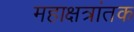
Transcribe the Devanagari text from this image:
महाक्षत्रांतक